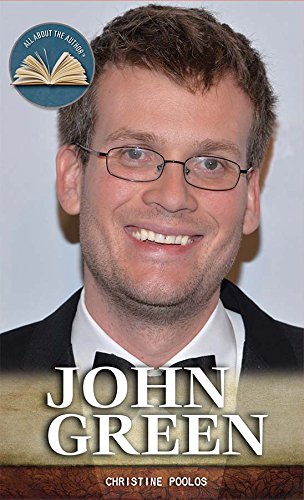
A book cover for John Green (All about the Author); Christine Poolos; Teen & Young Adult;